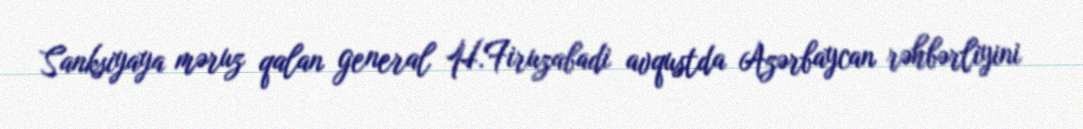
Sanksiyaya məruz qalan general H.Firuzabadi avqustda Azərbaycan rəhbərliyini